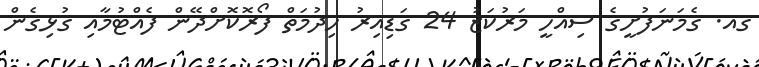
ގއ. ގެމަނަފުށީގެ ސިއްހީ މަރުކަޒު 24 ގަޑިއިރު ހިދުމަތް ފޯރޮކޮށްދޭން ފެއްޓުމާއި ގުޅިގެން